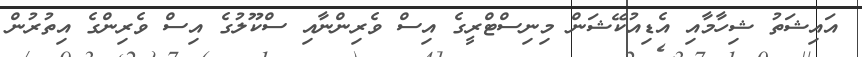
އައިޝަތު ޝިހާމާއި އެޑިއުކޭޝަން މިނިސްޓްރީގެ އިސް ވެރިންނާއި ސްކޫލުގެ އިސް ވެރިންގެ އިތުރުން